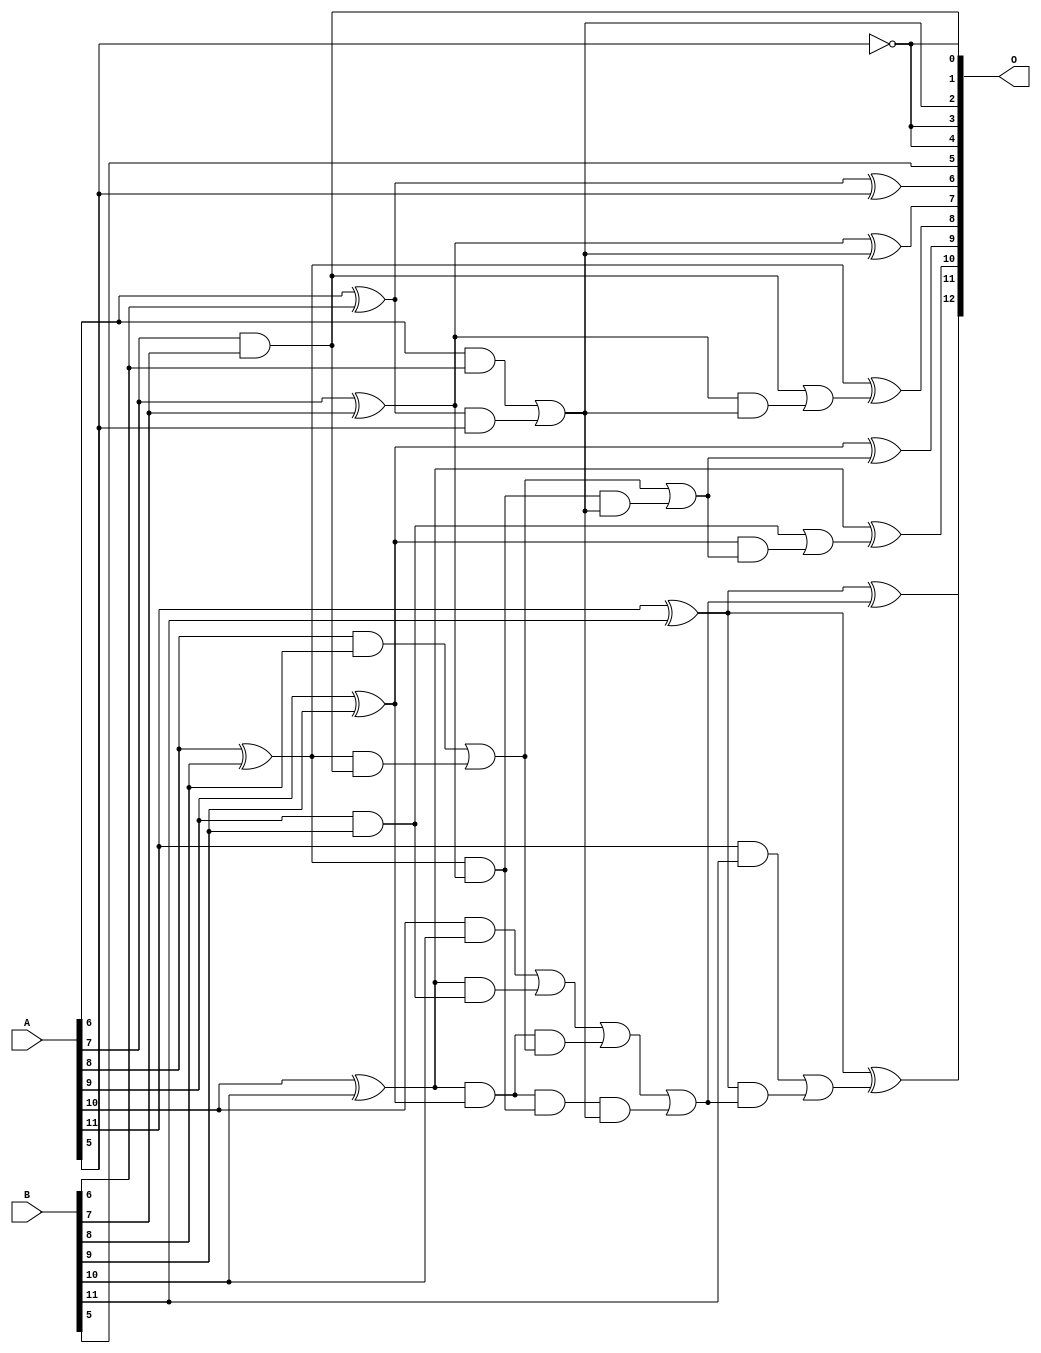
// This program was cloned from: https://github.com/ehw-fit/evoapproxlib
// License: MIT License

/***
* This code is a part of EvoApproxLib library (ehw.fit.vutbr.cz/approxlib) distributed under The MIT License.
* When used, please cite the following article(s): V. Mrazek, L. Sekanina, Z. Vasicek "Libraries of Approximate Circuits: Automated Design and Application in CNN Accelerators" IEEE Journal on Emerging and Selected Topics in Circuits and Systems, Vol 10, No 4, 2020 
* This file contains a circuit from a sub-set of pareto optimal circuits with respect to the pwr and mse parameters
***/
// MAE% = 0.27 %
// MAE = 11 
// WCE% = 0.90 %
// WCE = 37 
// WCRE% = 3500.00 %
// EP% = 97.27 %
// MRE% = 3.95 %
// MSE = 190 
// PDK45_PWR = 0.028 mW
// PDK45_AREA = 61.5 um2
// PDK45_DELAY = 0.51 ns

module add12se_54E (
    A,
    B,
    O
);

input [11:0] A;
input [11:0] B;
output [12:0] O;

wire sig_35,sig_36,sig_37,sig_38,sig_39,sig_40,sig_41,sig_42,sig_43,sig_44,sig_45,sig_46,sig_47,sig_48,sig_55,sig_57,sig_58,sig_59,sig_60,sig_61;
wire sig_62,sig_63,sig_69,sig_70,sig_71,sig_74,sig_75,sig_78,sig_79,sig_86,sig_87,sig_88,sig_89,sig_90,sig_91,sig_94,sig_96,sig_97,sig_98,sig_99;
wire sig_100,sig_101,sig_102,sig_103;

assign sig_35 = ~B[5];
assign sig_36 = A[6] & B[6];
assign sig_37 = A[6] ^ B[6];
assign sig_38 = A[7] & B[7];
assign sig_39 = A[7] ^ B[7];
assign sig_40 = A[8] & B[8];
assign sig_41 = A[8] ^ B[8];
assign sig_42 = A[9] & B[9];
assign sig_43 = A[9] ^ B[9];
assign sig_44 = A[10] & B[10];
assign sig_45 = A[10] ^ B[10];
assign sig_46 = A[11] & B[11];
assign sig_47 = A[11] ^ B[11];
assign sig_48 = A[11] ^ B[11];
assign sig_55 = sig_37 & A[5];
assign sig_57 = sig_36 | sig_55;
assign sig_58 = sig_41 & sig_38;
assign sig_59 = sig_41 & sig_39;
assign sig_60 = sig_40 | sig_58;
assign sig_61 = sig_45 & sig_42;
assign sig_62 = sig_45 & sig_43;
assign sig_63 = sig_44 | sig_61;
assign sig_69 = sig_62 & sig_60;
assign sig_70 = sig_62 & sig_59;
assign sig_71 = sig_63 | sig_69;
assign sig_74 = sig_70 & sig_57;
assign sig_75 = sig_71 | sig_74;
assign sig_78 = sig_59 & sig_57;
assign sig_79 = sig_60 | sig_78;
assign sig_86 = sig_39 & sig_57;
assign sig_87 = sig_38 | sig_86;
assign sig_88 = sig_43 & sig_79;
assign sig_89 = sig_42 | sig_88;
assign sig_90 = sig_47 & sig_75;
assign sig_91 = sig_46 | sig_90;
assign sig_94 = ~A[5];
assign sig_96 = ~sig_35;
assign sig_97 = sig_37 ^ A[5];
assign sig_98 = sig_39 ^ sig_57;
assign sig_99 = sig_41 ^ sig_87;
assign sig_100 = sig_43 ^ sig_79;
assign sig_101 = sig_45 ^ sig_89;
assign sig_102 = sig_47 ^ sig_75;
assign sig_103 = sig_48 ^ sig_91;

assign O[12] = sig_103;
assign O[11] = sig_102;
assign O[10] = sig_101;
assign O[9] = sig_100;
assign O[8] = sig_99;
assign O[7] = sig_98;
assign O[6] = sig_97;
assign O[5] = sig_96;
assign O[4] = sig_94;
assign O[3] = sig_94;
assign O[2] = sig_57;
assign O[1] = sig_94;
assign O[0] = sig_38;

endmodule